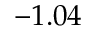
- 1 . 0 4